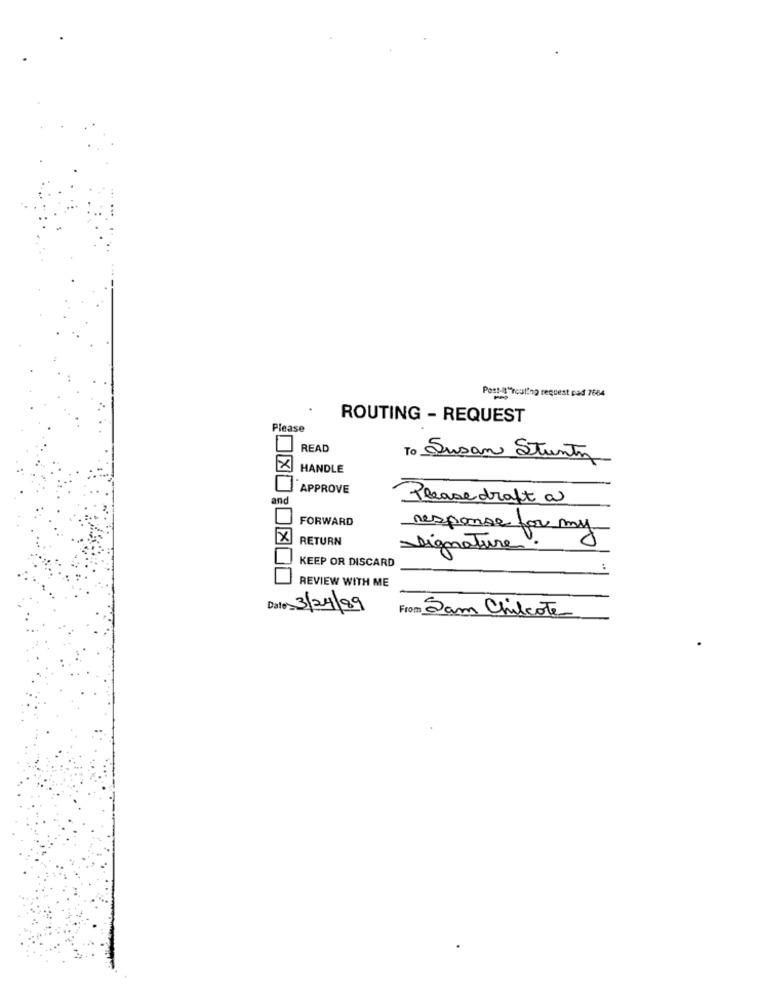
Post-it"routing request pad 7664
.
ROUTING - REQUEST
Please
READ
To Susan Stunty
HANDLE
APPROVE
and
Please draft a
FORWARD
response for my
X
RETURN
signature.
8
KEEP OR DISCARD
REVIEW WITH ME
Date 3/24/89
From Sam Chilcote